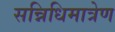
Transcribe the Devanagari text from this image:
सन्निधिमात्रेण